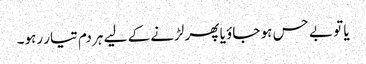
یا تو بے حس ہو جاؤ یا پھر لڑنے کے لیے ہر دم تیار رہو۔